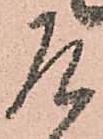
乍